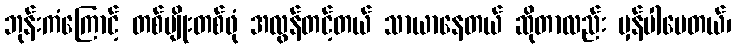
ဘုန်းကံကြောင့် တစ်မျိုးတစ်ဖုံ အလွန်တင့်တယ် သာယာနေတယ် ဆိုတာလည်း မှန်ပါပေတယ်၊